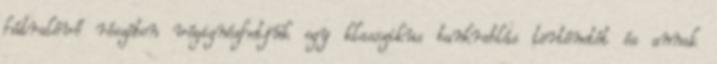
hátralévő részében végignézhetjük egy klasszikus bankrablás történetét és annak